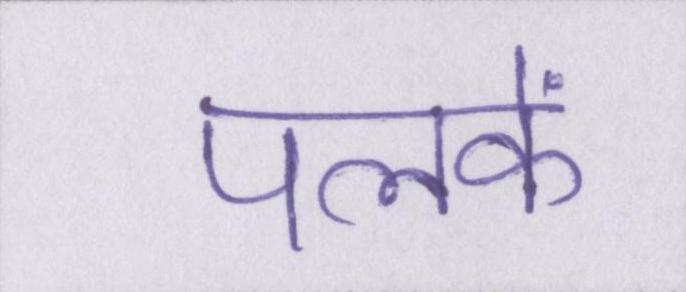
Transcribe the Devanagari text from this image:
पलकें